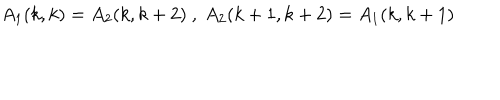
LaTeX: A _ { 1 } ( k , k ) = A _ { 2 } ( k , k + 2 ) \ , \ A _ { 2 } ( k + 1 , k + 2 ) = A _ { 1 } ( k , k + 1 )